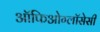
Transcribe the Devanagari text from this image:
ऑफिओग्लॉसेसी